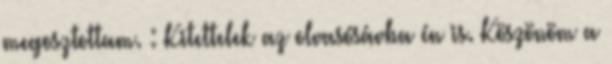
megosztottam. : Kitettelek az olvasósávba én is. Köszönöm a